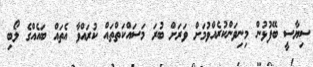
ސިޔާސީ ބޭފުޅުން މިނިވަންކުރެއްވުމަށް ވަރަށް ބުރަ މަސައްކަތްތައް ކުރައްވާ އެތައް ބައެއްގެ ލޯބި